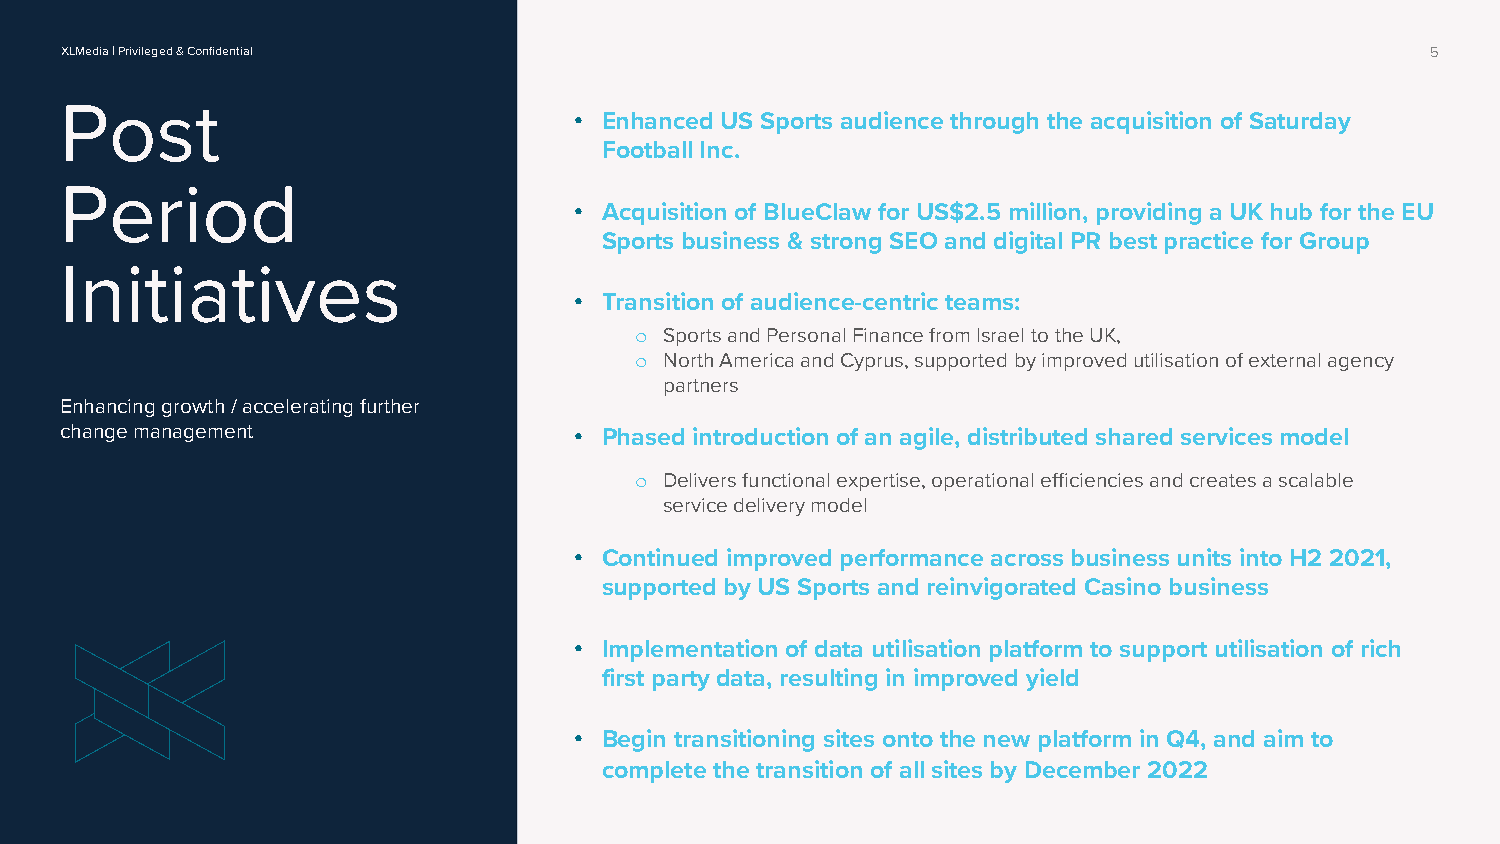
XLMedia | Privileged & Confidential                                                        5
 Post
 • Enhanced US Sports audience through the acquisition of Saturday
 Football Inc.
 Period
 • Acquisition of BlueClaw for US$2.5 million, providing a UK hub for the EU
 Sports business & strong SEO and digital PR best practice for Group
 Initiatives
 • Transition of audience-centric teams:
 o Sports and Personal Finance from Israel to the UK,
 o North America and Cyprus, supported by improved utilisation of external agency
 partners
 Enhancing growth / accelerating further
 change management                 • Phased introduction of an agile, distributed shared services model
 o Delivers functional expertise, operational efficiencies and creates a scalable
 service delivery model
 • Continued improved performance across business units into H2 2021,
 supported by US Sports and reinvigorated Casino business
 • Implementation of data utilisation platform to support utilisation of rich
 first party data, resulting in improved yield
 • Begin transitioning sites onto the new platform in Q4, and aim to
 complete the transition of all sites by December 2022